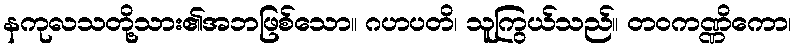
နကုလသတို့သား၏အဘဖြစ်သော။ ဂဟပတိ၊ သူကြွယ်သည်။ တဝကဏ္ဏိကော၊